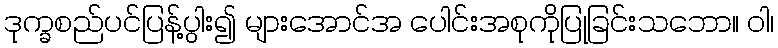
ဒုက္ခစည်ပင်ပြန့်ပွါး၍ များအောင်အ ပေါင်းအစုကိုပြုခြင်းသဘော။ ဝါ၊